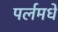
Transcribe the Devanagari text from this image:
पर्लमधे